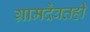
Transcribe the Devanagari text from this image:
ग्रामदैवतही